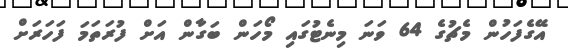
އޭގެފަހުން މެޗުގެ 64 ވަނަ މިނެޓުގައި މޯހަން ބަގާން އަށް ފުރަތަމަ ފަހަރަށް